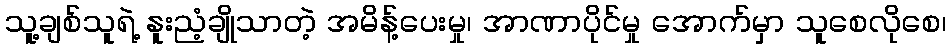
သူ့ချစ်သူရဲ့ နူးညံ့ချိုသာတဲ့ အမိန့်ပေးမှု၊ အာဏာပိုင်မှု အောက်မှာ သူစေလိုစေ၊